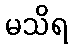
မသိရ